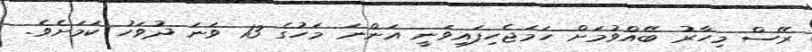
ރޭސް މިހާރު ބޭއްވުމަށް ހަމަޖެހިފައިވަނީ އަންނަ މަހުގެ 13 ވަނަ ދުވަހު ކަމަށެވެ.